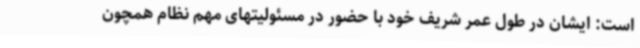
است: ایشان در طول عمر شریف خود با حضور در مسئولیتهای مهم نظام همچون